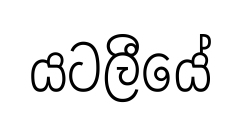
යටලීයේ